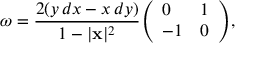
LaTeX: \omega = { \frac { 2 ( y \, d x - x \, d y ) } { 1 - | \mathbf { x } | ^ { 2 } } } { \left( \begin{array} { l l } { 0 } & { 1 } \\ { - 1 } & { 0 } \end{array} \right) } ,